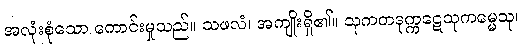
အလုံးစုံသော ကောင်းမှုသည်။ သဖလံ၊ အကျိုးရှိ၏။ သုကတဒုက္ကဋေသုကမ္မေသု၊